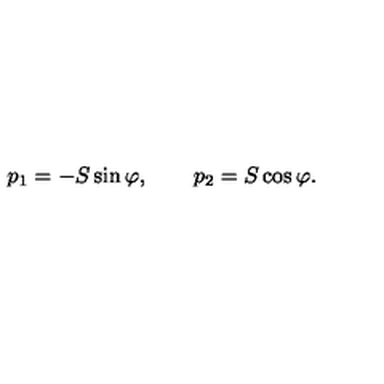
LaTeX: p _ { 1 } = - S \sin \varphi , \qquad p _ { 2 } = S \cos \varphi .